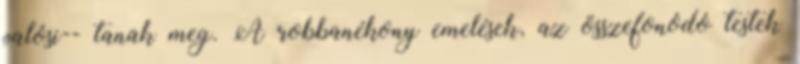
valósi-- tanak meg. A robbanékony emelések, az összefonódó testek